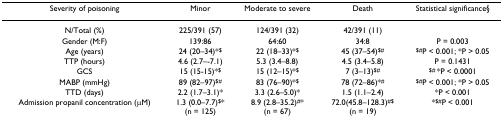
<table><thead><tr><td><b>Severity of poisoning</b></td><td><b>Minor</b></td><td><b>Moderate to severe</b></td><td><b>Death</b></td><td><b>Statistical significance§</b></td></tr></thead><tbody><tr><td>N/Total (%)</td><td>225/391 (57)</td><td>124/391 (32)</td><td>42/391 (11)</td><td></td></tr><tr><td>Gender (M:F)</td><td>139:86</td><td>64:60</td><td>34:8</td><td>P = 0.003</td></tr><tr><td>Age (years)</td><td>24 (20–34)*<sup>$</sup></td><td>22 (18–33)*<sup>$</sup></td><td>45 (37–54)<sup>$#</sup></td><td><sup>$#</sup>P &lt; 0.001; *P &gt; 0.05</td></tr><tr><td>TTP (hours)</td><td>4.6 (2.7–-7.1)</td><td>5.3 (3.4–8.8)</td><td>4.5 (3.4–5.8)</td><td>P = 0.1431</td></tr><tr><td>GCS</td><td>15 (15-15)*<sup>$</sup></td><td>15 (12–15)*<sup>$</sup></td><td>7 (3–13)<sup>$#</sup></td><td><sup>$# </sup>*P &lt; 0.0001</td></tr><tr><td>MABP (mmHg)</td><td>89 (82–97)<sup>$#</sup></td><td>83 (76–90)*<sup>$</sup></td><td>78 (72–86)*<sup>#</sup></td><td><sup>$#</sup>P &lt; 0.001; *P &gt; 0.05</td></tr><tr><td>TTD (days)</td><td>2.2 (1.7–3.1)*</td><td>3.3 (2.6–5.0)*</td><td>1.5 (1.1–2.4)</td><td>*P &lt; 0.001</td></tr><tr><td>Admission propanil concentration (μM)</td><td>1.3 (0.0–7.7)<sup>$</sup>*(n = 125)</td><td>8.9 (2.8–35.2)<sup>#</sup>*(n = 67)</td><td>72.0(45.8–128.3)<sup>#$</sup>(n = 19)</td><td>*<sup>$#</sup>P &lt; 0.001</td></tr></tbody></table>